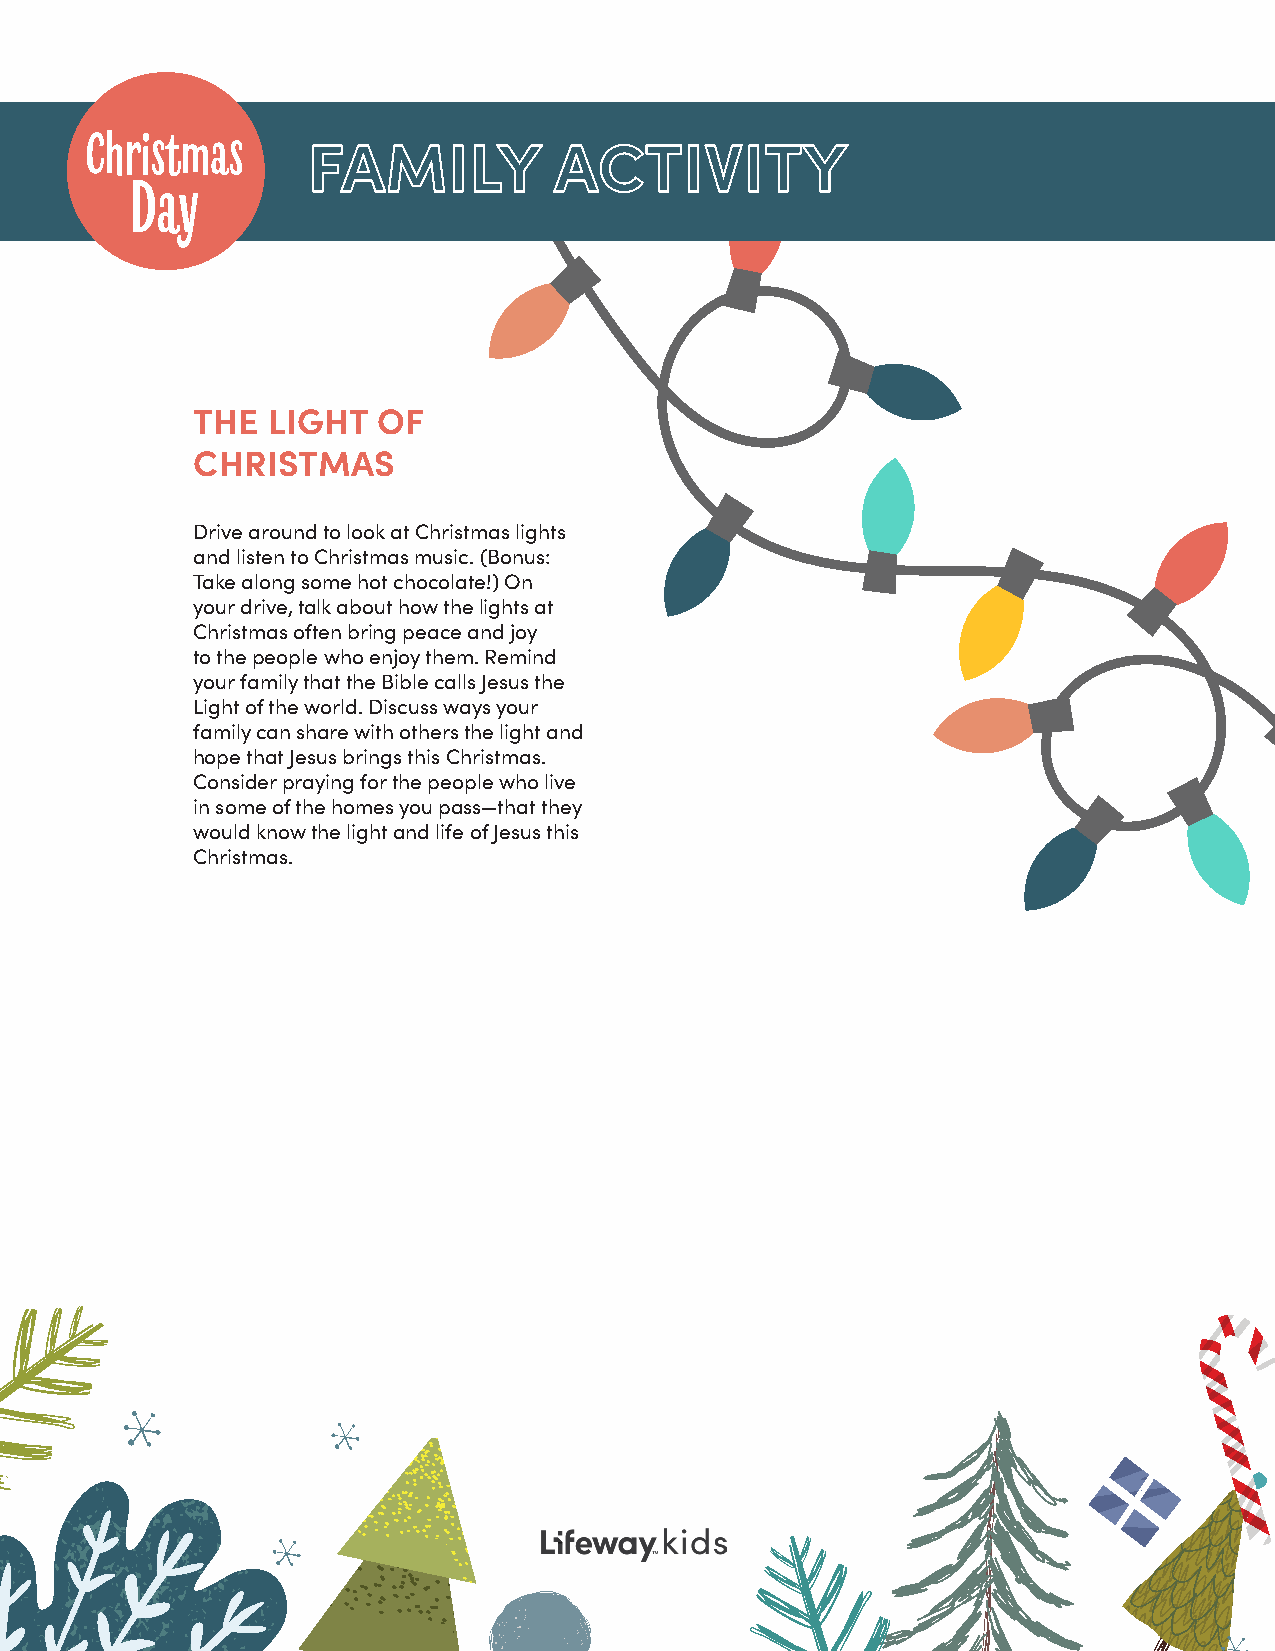
Christmas
 FAMILY           ACTIVITY
 Day
 THE  LIGHT  OF
 CHRISTMAS
 Drive around to look at Christmas lights
 and listen to Christmas music. (Bonus:
 Take along some hot chocolate!) On
 your drive, talk about how the lights at
 Christmas often bring peace and joy
 to the people who enjoy them. Remind
 your family that the Bible calls Jesus the
 Light of the world. Discuss ways your
 family can share with others the light and
 hope that Jesus brings this Christmas.
 Consider praying for the people who live
 in some of the homes you pass—that they
 would know the light and life of Jesus this
 Christmas.